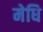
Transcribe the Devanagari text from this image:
मेधि